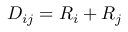
D _ { i j } = R _ { i } + R _ { j }